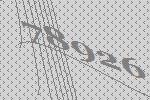
78926